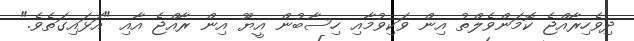
ދިވެހިރާއްޖެ ކޮމަންވެލްތު އިން ވަކިވުމާއި ހިސާބުން އީޔޫ އިން ރާއްޖެ އާއި "އަޅައިގަތެވެ."